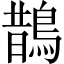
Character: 鵲